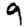
Digit: 9